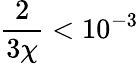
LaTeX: \frac{2}{3\chi}<10^{-3}